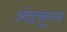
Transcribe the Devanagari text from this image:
ओट्टक्तूतन